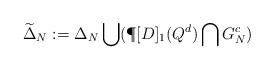
LaTeX: \begin{align*} \widetilde\Delta_N:=\Delta_N\bigcup(\P[D]_1(Q^d)\bigcap G_N^c)\end{align*}